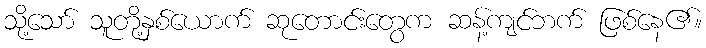
သို့သော် သူတို့နှစ်ယောက် ဆုတောင်းတွေက ဆန့်ကျင်ဘက် ဖြစ်နေ၏။